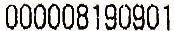
000008190901